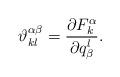
LaTeX: \begin{align*}\vartheta_{kl}^{\alpha \beta} = \frac{\partial F^\alpha_k}{\partial q_\beta^l}.\end{align*}